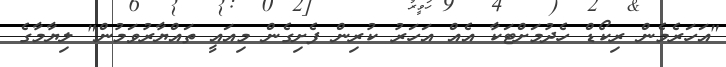
"އަހަރެމެން ރިކޯޑް ހެދުމަށްޓަކާ އެއް އަހަރު ކުރިން ފެށިގެން މިއައީ ތައްޔާރުވަމުން" ލިޔާމާގެ